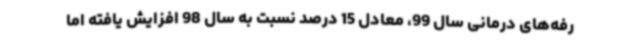
رفه‌های درمانی سال 99، معادل 15 درصد نسبت به سال 98 افزایش یافته اما